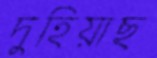
দুহিয়াছ